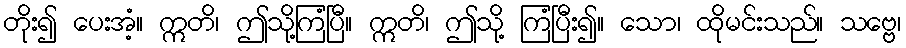
တိုး၍ ပေးအံ့။ ဣတိ၊ ဤသို့ကြံပြီ။ ဣတိ၊ ဤသို့ ကြံပြီး၍။ သော၊ ထိုမင်းသည်။ သဗ္ဗေ၊